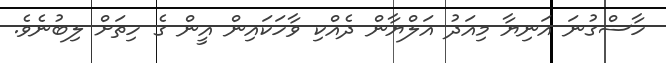
ހާސްގުނަ އަނިޔާ މިއަދު އަލްޔާން ދެއްކި ވާހަކައިން އީން ގެ ހިތަށް ލިބުނެވެ.